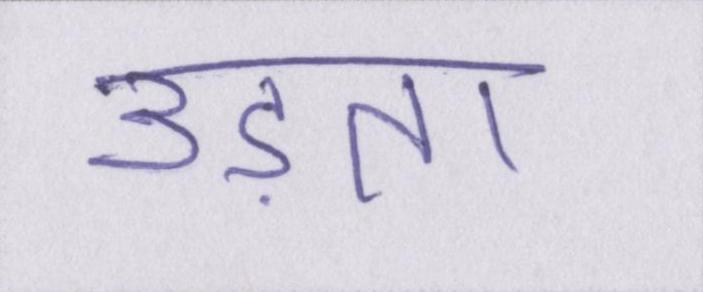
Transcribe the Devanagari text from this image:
उड़ता